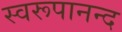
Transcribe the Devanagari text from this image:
स्वरूपानन्द